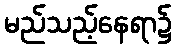
မည်သည့်နေရာ၌